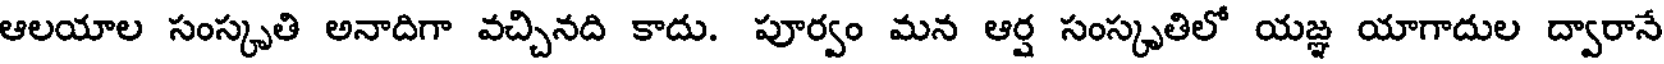
ఆలయాల సంస్కృతి అనాదిగా వచ్చినది కాదు. పూర్వం మన ఆర్ష సంస్కృతిలో యజ్ఞ యాగాదుల ద్వారానే